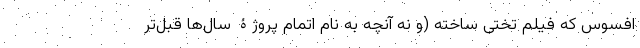
افسوس که فیلم تختی ساخته (و نه آنچه به نام اتمام پروژۀ سال‌ها قبل‌تر